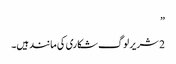
”
2 شریر لوگ شکاری کی مانند ہیں۔